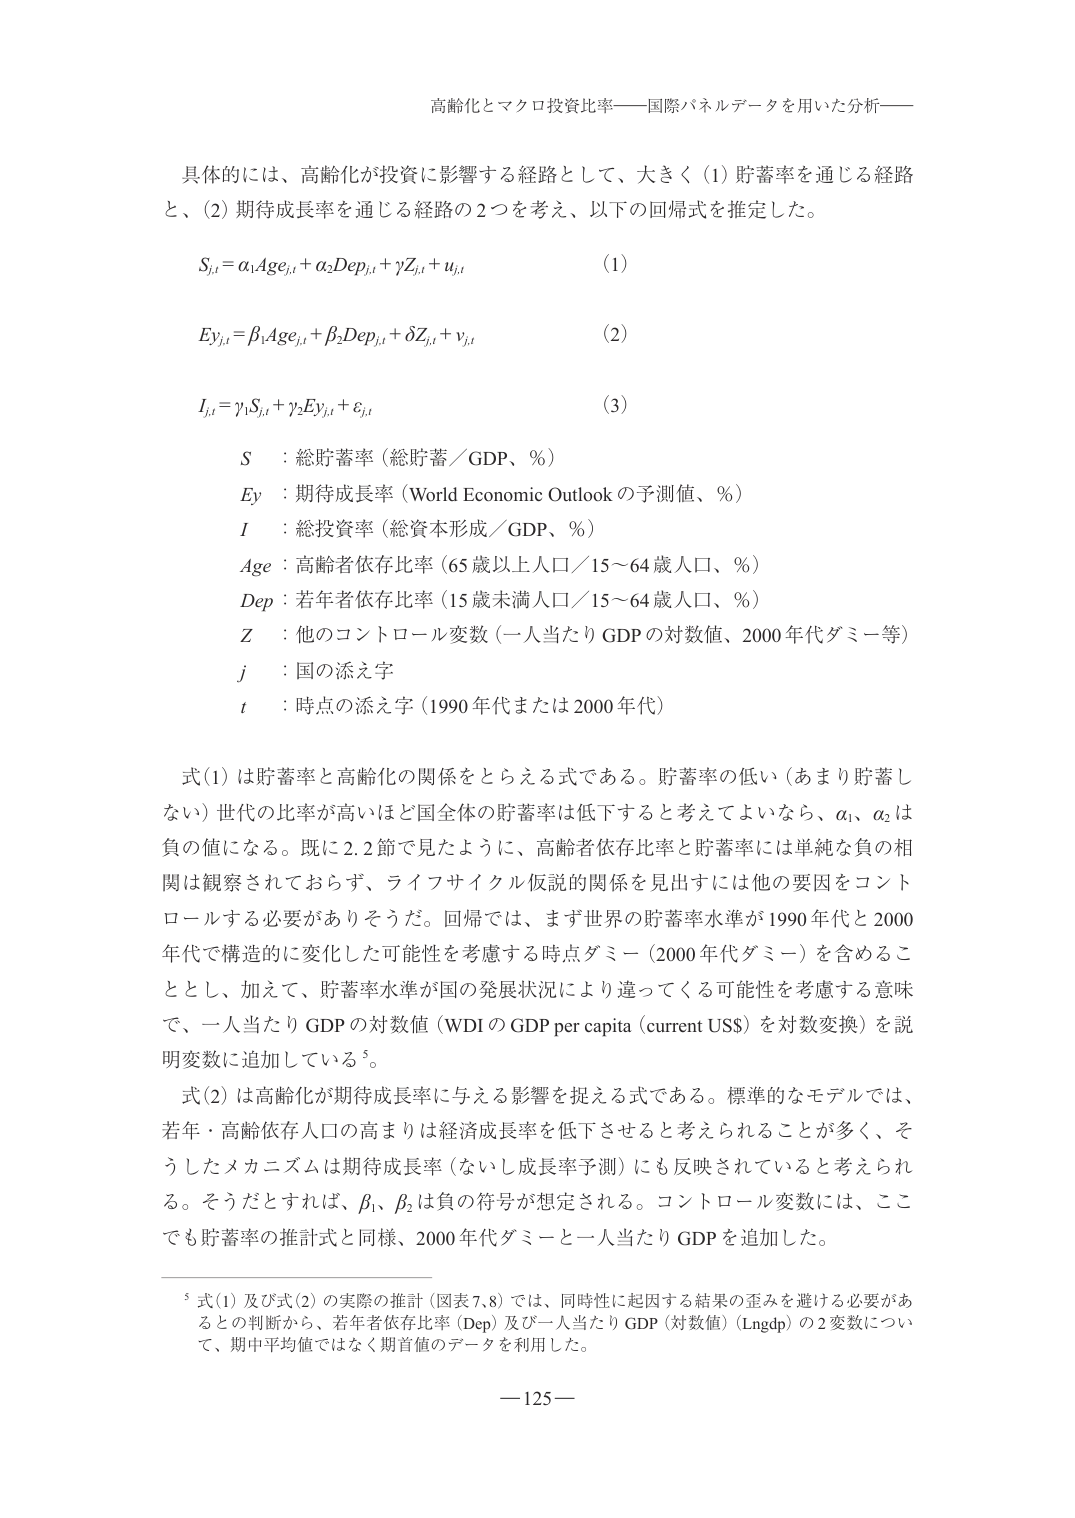
高齢化とマクロ投資比率——国際パネルデータを用いた分析——

具体的には、高齢化が投資に影響する経路として、大きく（1）貯蓄率を通じる経路と、（2）期待成長率を通じる経路の2つを考え、以下の回帰式を推定した。

Sj,t = α1Agej,t + α2Depj,t + γZj,t + uj,t　　(1)

Eyj,t = β1Agej,t + β2Depj,t + δZj,t + vj,t　　(2)

Ij,t = γ1Sj,t + γ2Eyj,t + εj,t　　(3)

S　：総貯蓄率（総貯蓄／GDP、％）
Ey　：期待成長率（World Economic Outlook の予測値、％）
I　：総投資率（総資本形成／GDP、％）
Age　：高齢者依存比率（65歳以上人口／15～64歳人口、％）
Dep　：若年者依存比率（15歳未満人口／15～64歳人口、％）
Z　：他のコントロール変数（一人当たりGDPの対数値、2000年代ダミー等）
j　：国の添え字
t　：時点の添え字（1990年代または2000年代）

式(1)は貯蓄率と高齢化の関係をとらえる式である。貯蓄率の低い（あまり貯蓄しない）世代の比率が高いほど国全体の貯蓄率は低下すると考えてよいなら、α1、α2は負の値になる。既に2.2節で見たように、高齢者依存比率と貯蓄率には単純な負の相関は観察されておらず、ライフサイクル仮説的関係を見出すには他の要因をコントロールする必要がありそうだ。回帰では、まず世界の貯蓄率水準が1990年代と2000年代で構造的に変化した可能性を考慮する時点ダミー（2000年代ダミー）を含めることとし、加えて、貯蓄率水準が国の発展状況により違ってくる可能性を考慮する意味で、一人当たりGDPの対数値（WDIのGDP per capita（current US$）を対数変換）を説明変数に追加している⁵。

式(2)は高齢化が期待成長率に与える影響を捉える式である。標準的なモデルでは、若年・高齢依存人口の高まりは経済成長率を低下させると考えられることが多く、そうしたメカニズムは期待成長率（ないし成長率予測）にも反映されていると考えられる。そうだとすれば、β1、β2は負の符号が想定される。コントロール変数には、ここでも貯蓄率の推計式と同様、2000年代ダミーと一人当たりGDPを追加した。

⁵ 式(1)及び式(2)の実際の推計（図表7,8）では、同時性に起因する結果の歪みを避ける必要があるとの判断から、若年者依存比率（Dep）及び一人当たりGDP（対数値）（Lngdp）の2変数について、期中平均値ではなく期首値のデータを利用した。

—125—